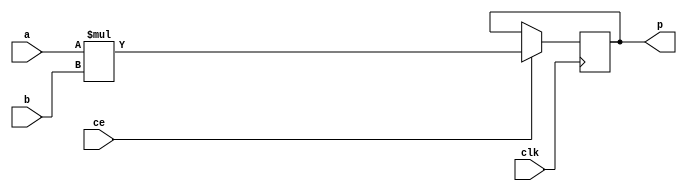
module fir_mul_32s_32s_3bkb_MulnS_0(clk, ce, a, b, p);
input clk;
input ce;
input signed [32 - 1 : 0] a; // synthesis attribute keep a "true"
input signed [32 - 1 : 0] b; // synthesis attribute keep b "true"
output[32 - 1 : 0] p;
reg signed [32 - 1 : 0] p;
wire signed [32 - 1 : 0] tmp_product;

assign tmp_product = $signed(a) * $signed(b);
always @ (posedge clk) begin
    if (ce) begin
        p <= tmp_product;
    end
end
endmodule